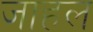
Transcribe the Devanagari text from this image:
जाहल